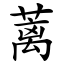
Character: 蓠